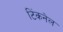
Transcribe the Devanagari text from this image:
टिंकनेल